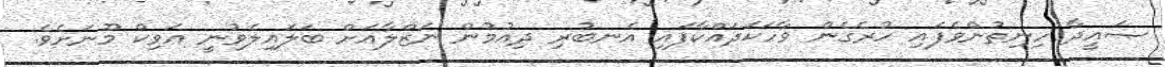
ޞައީދާ ހިނިތުންވެފައި ހުރެގެން ވާހަކަދައްކާފައި އެނބުރި ދިއުމުން ނަޒްލާއަށް ބަަަލައިލެވުނީ އަވިކް މޫނަށެވެ.